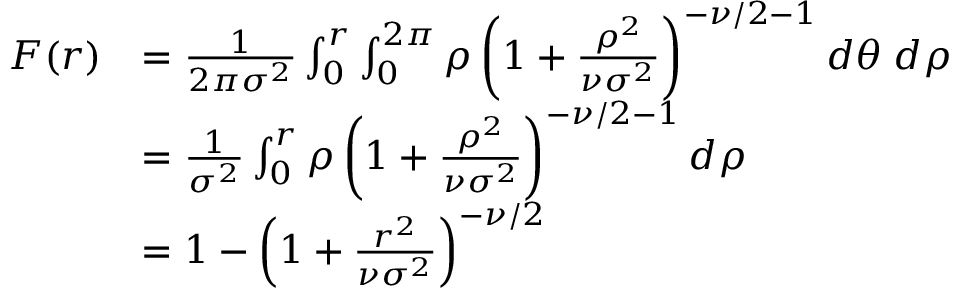
{ \begin{array} { r l } { F ( r ) } & { = { \frac { 1 } { 2 \pi \sigma ^ { 2 } } } \int _ { 0 } ^ { r } \int _ { 0 } ^ { 2 \pi } \rho \left( 1 + { \frac { \rho ^ { 2 } } { \nu \sigma ^ { 2 } } } \right) ^ { - \nu / 2 - 1 } d \theta \; d \rho } \\ & { = { \frac { 1 } { \sigma ^ { 2 } } } \int _ { 0 } ^ { r } \rho \left( 1 + { \frac { \rho ^ { 2 } } { \nu \sigma ^ { 2 } } } \right) ^ { - \nu / 2 - 1 } d \rho } \\ & { = 1 - \left( 1 + { \frac { r ^ { 2 } } { \nu \sigma ^ { 2 } } } \right) ^ { - \nu / 2 } } \end{array} }